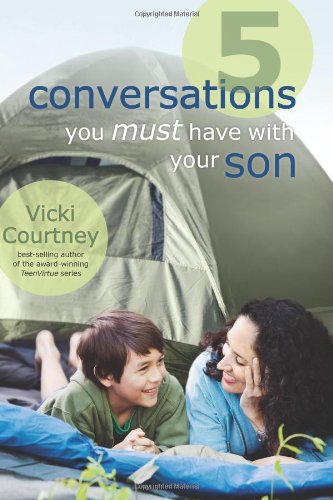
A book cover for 5 Conversations You Must Have with Your Son; Vicki Courtney; Parenting & Relationships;